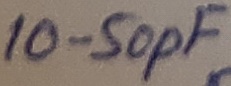
Text: 10-50pF